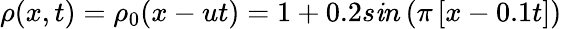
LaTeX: \rho(x,t)=\rho_{0}(x-ut)=1+0.2s\mathit{i}n\left(\pi\left[x-0.1t\right]\right)